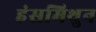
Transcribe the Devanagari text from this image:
हंसमिथुन